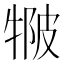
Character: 𤚆